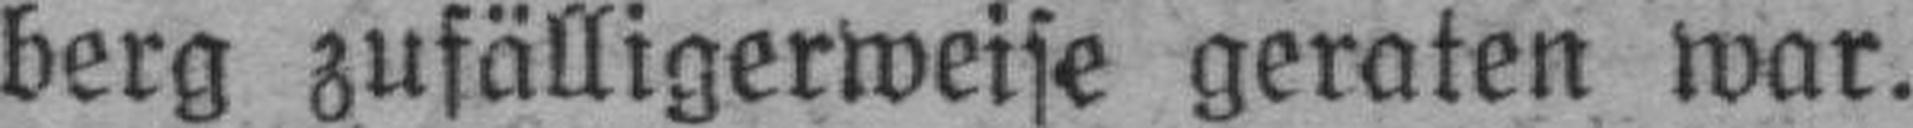
berg zufälligerweise geraten war.